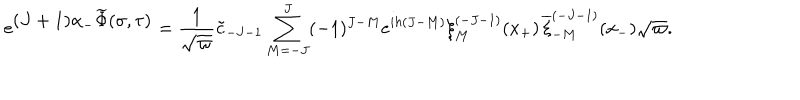
e ^ { \textstyle ( J + 1 ) \alpha _ { - } \widetilde \Phi ( \sigma , \tau ) } = { \frac { 1 } { \sqrt \varpi } } { \tilde { c } } _ { - J - 1 } \sum _ { M = - J } ^ { J } ( - 1 ) ^ { J - M } e ^ { i h ( J - M ) } \xi _ { M } ^ { ( - J - 1 ) } ( x _ { + } ) \, { \overline { { \xi } } _ { - M } ^ { ( - J - 1 ) } } ( x _ { - } ) \sqrt \varpi .